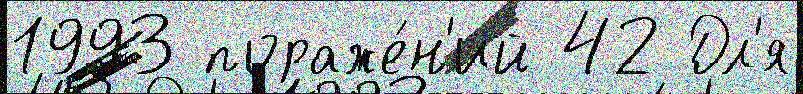
1993 пораже́н'ий 42 Дл'я